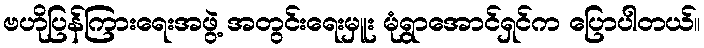
ဗဟိုပြန်ကြားရေးအဖွဲ့ အတွင်းရေးမှူး မုံရွာအောင်ရှင်က ပြောပါတယ်။